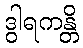
ဒွါရကန္တိ